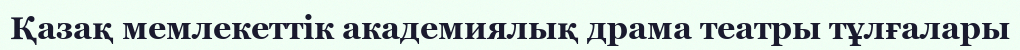
Қазақ мемлекеттік академиялық драма театры тұлғалары